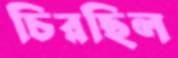
চিরছিল